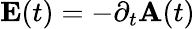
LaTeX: \mathbf{E}(t)=-\partial_{t}\mathbf{A}(t)